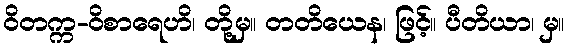
ဝိတက္က-ဝိစာရေဟိ၊ တို့မှ။ တတိယေန၊ ဖြင့်။ ပီတိယာ၊ မှ။